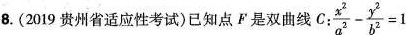
8.(2019贵州省适应性考试)已知点F是双曲线C:$$ \frac{x^{2}}{a^{2}} - \frac{y^{2}}{b^{2}} = 1$$